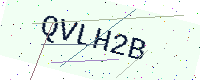
Text: QVLH2B